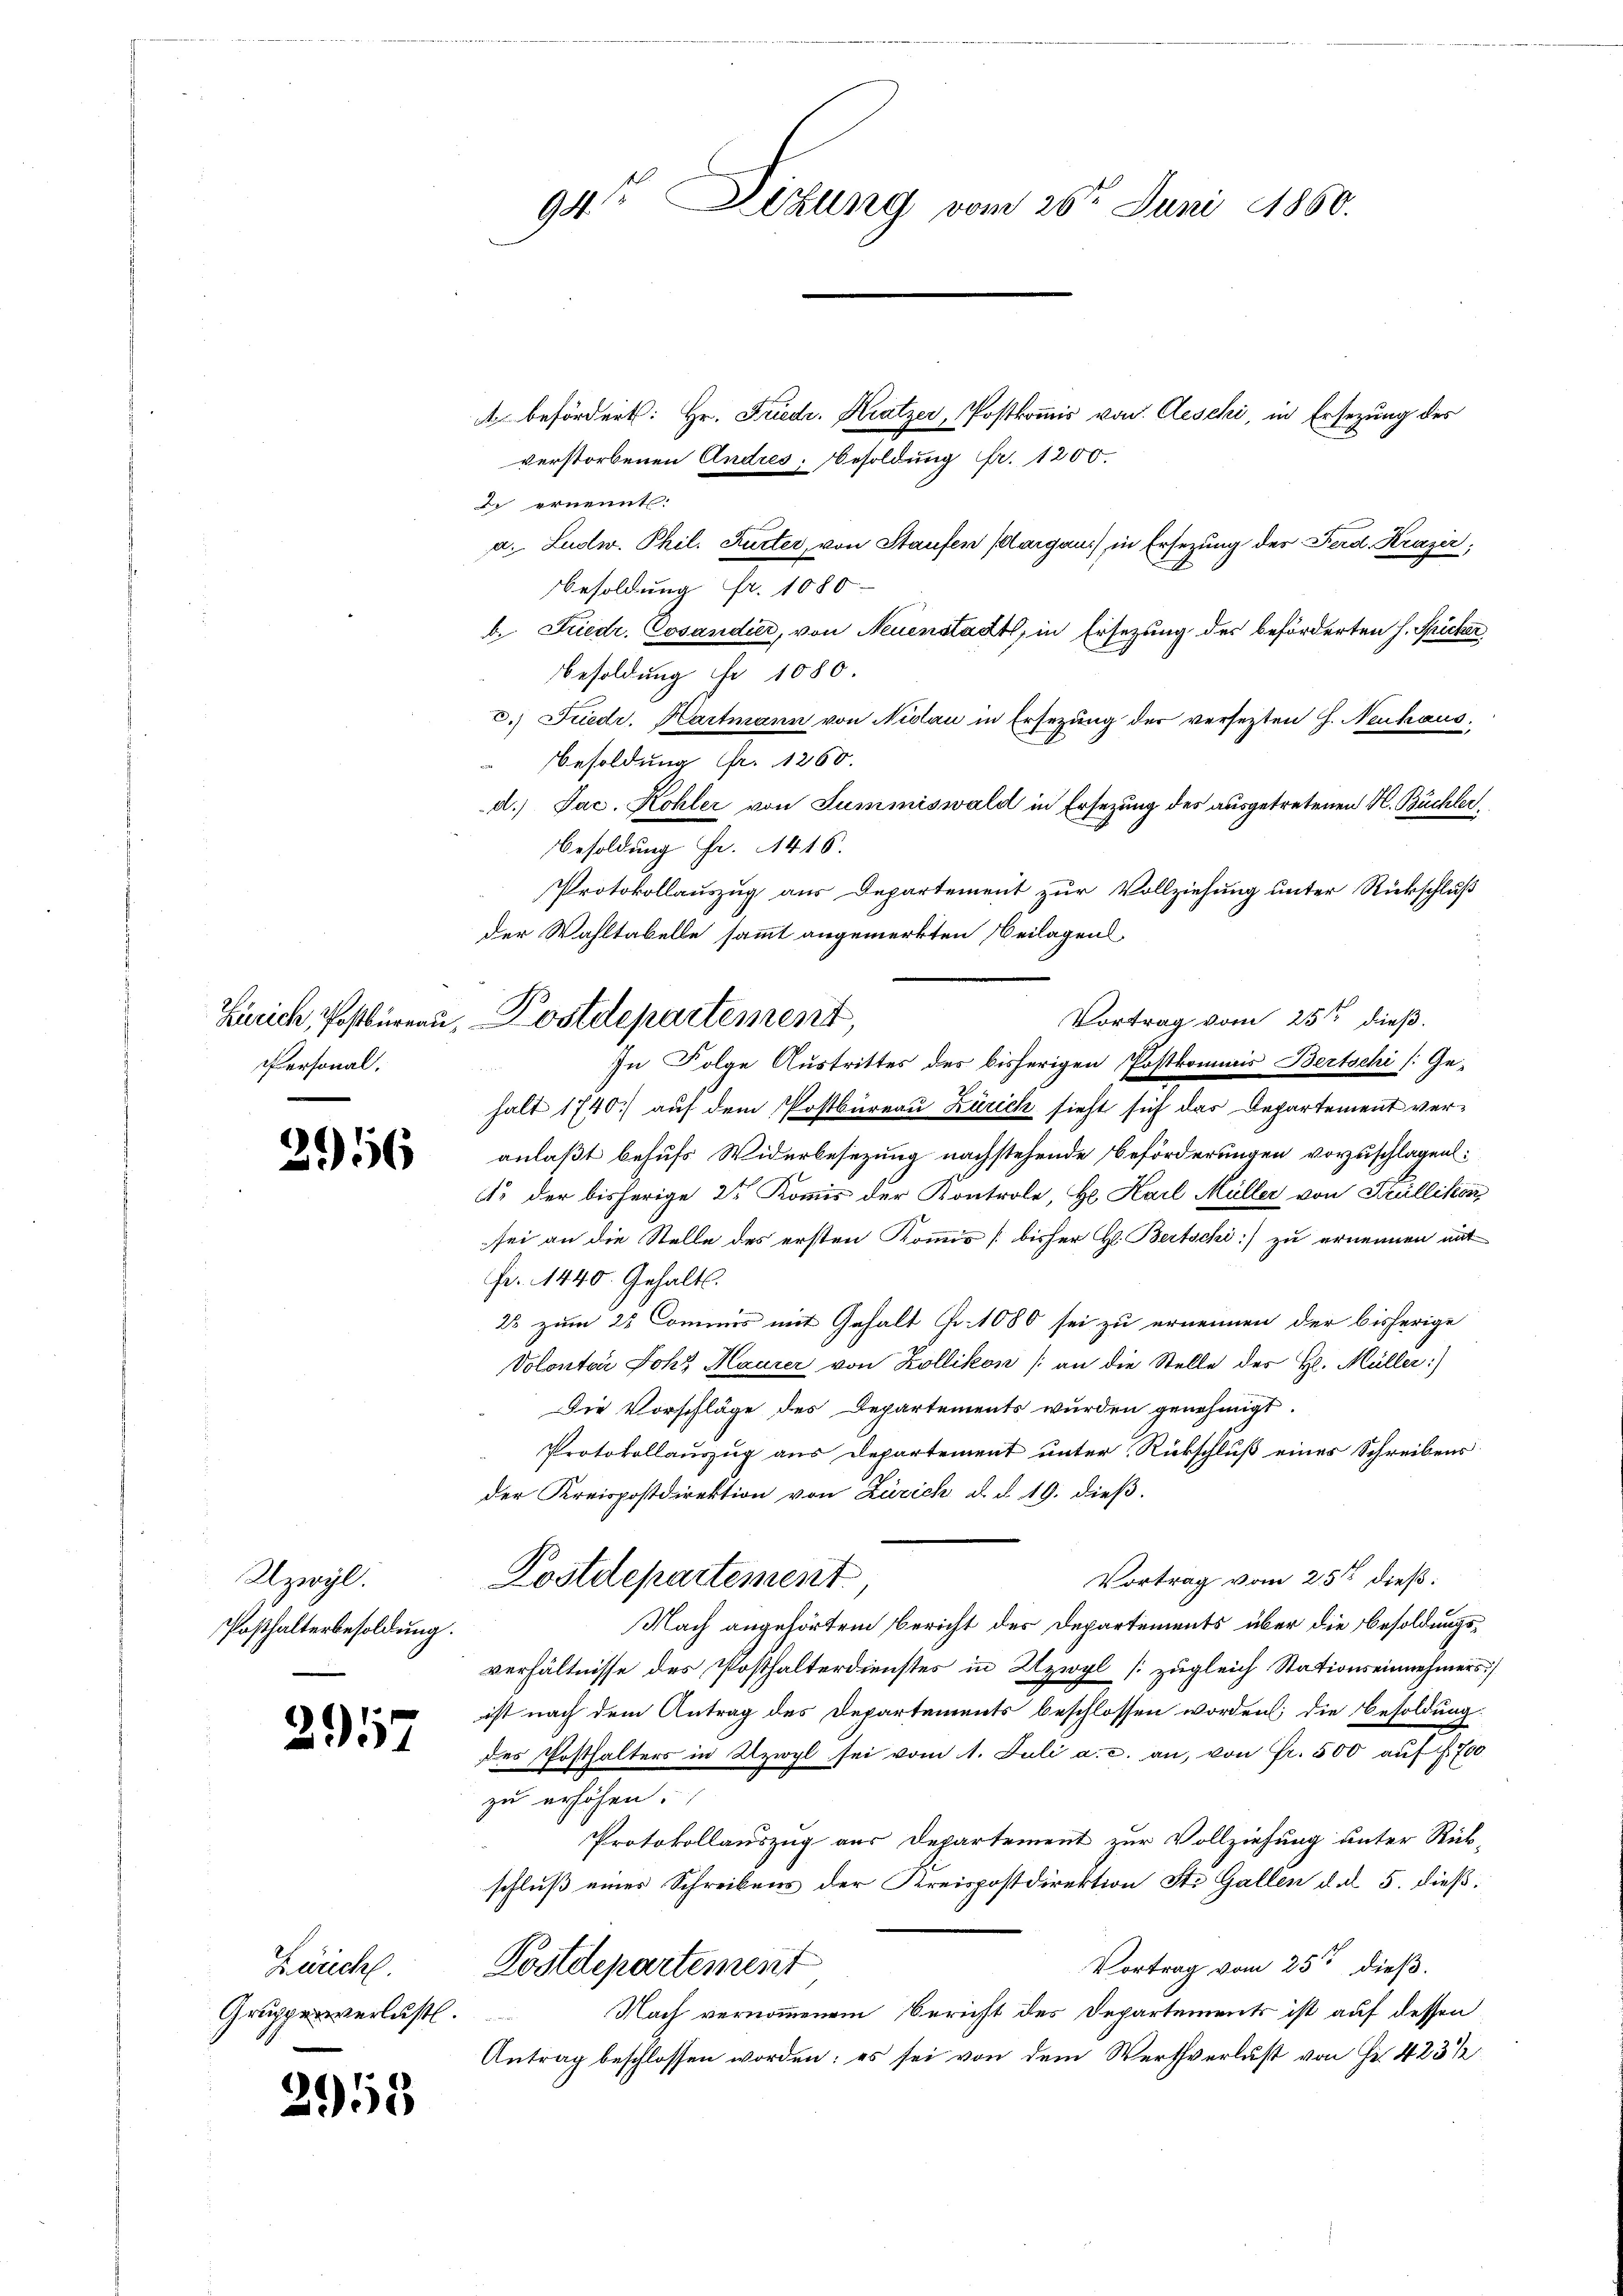
Zürich, Postbureau,
Personal.

2956

Uzwyl.
Posthalterbesoldung.

2957

Zürich.

2955

94te Sitzung vom 26t Juni 1860.

befördert: Hr. Friedr. Kratzer, Postkommis von Aeschi, in Ersezung des
verstorbenen Andres Besoldung fr. 1200.
dr ernennt:
a. Ludw. Phil. Ruster, von Staufen (Aargau) in Ersezung des Ferd. Krazer;
Besoldung Fr. 1080
b. Friedr. Cosandier, von Neuenstadt, in Ersezung des beförderten H. Spicker
Besoldung ihr 1080.
c.) Friedr. Hartmann von Nidau in Ersezung der versezten J. Neuhaus.
Besoldung Fr. 1260.
d.) Jac. Kohler von Summiswald in Ersezung des ausgetretenen H. Büchler
Besoldung Fr. 416.
Protokollauszug aus Departement zur Vollziehung unter Rückschluß
der Wahltabelle sammt angemerkten Beilagens
halt 1740) auf dem Postbüreau Zürich sieht sich das Departement veranlaßt behufs Widerbesezung nachstehende Beförderungen vorzuschlagen:
. der bisherige 2tr Kommis der Kontrole, Hr. Karl Müller von Krüllikon,
sei an die Stelle des ersten Kommis [bisher H. Bertschi) zu ernennen mit
Fr. 1440. Gehalt.
23 zum 28 Commis mit Gehalt Fr. 1080 sei zu ernennen der bisherige
Volontar Joh. Maurer von Zollikon (an die Stelle des H. Müller:)
Die Vorschläge des Departements wurden genehmigt.
Protokollauszug aus Departement unter Rückschluß eines Schreibens
der Kreispostdirektion von Zürich d. d. 19. dieß.
Vortrag vom 25ste dieß:
Kostdepartement
Nach angehörtem Bericht des Departements über die Besoldungsverhältnisse des Posthalterdienstes in Uzwyl (zugleich Stationseinnehmers)
ist nach dem Antrag des Departements beschlossen worden; die Besoldung:
des Posthalters in Uzwyl sei vom 1. Juli a. c. an, von Fr. 500 auf f 700
zu erhöhen.
Protokollauszug aus Departement zur Vollziehung unter Rück-
schluß eines Schreibens der Kreispostdirektion St. Gallen dal 5. dieß.
Vortrag vom 25t dieß.
Kostdepartement
Grupperverlust. Nach vernommenem Bericht des Departements ist auf dessen
Antrag beschlossen worden; es sei von dem Werthverlust von Fr. 423 ½

Vortrag vom 25ten dieß.
Postdepartement,
In Folge Austrittes des bisherigen Postkommnis Bertschi s. Ge-